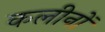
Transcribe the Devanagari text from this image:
कलीनों